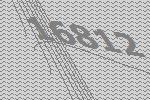
16812